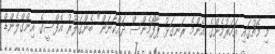
މި މެޗުގައި އަހަރުމެންގެ އެންމެ ރަނގަޅު ޕާފޯމެންސް ދައްކާނަން" ބެންގަލޫރު އެފްސީގެ އިންގްލެންޑް